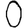
Digit: 0